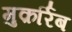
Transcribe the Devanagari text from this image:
मुक़र्रिब